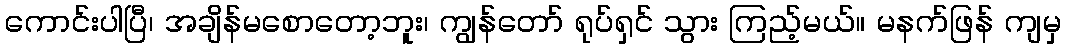
ကောင်းပါပြီ၊ အချိန်မစောတော့ဘူး၊ ကျွန်တော် ရုပ်ရှင် သွား ကြည့်မယ်။ မနက်ဖြန် ကျမှ